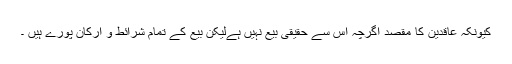
کیونکہ عاقدین کا مقصد اگرچہ اس سے حقیقی بیع نہیں ہےلیکن بیع کے تمام شرائط و ارکان پورے ہیں ۔